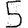
Digit: 5